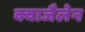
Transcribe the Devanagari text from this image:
क्वाजैलेन